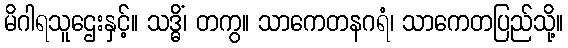
မိဂါရသူဌေးနှင့်။ သဒ္ဓိံ၊ တကွ။ သာကေတနဂရံ၊ သာကေတပြည်သို့။